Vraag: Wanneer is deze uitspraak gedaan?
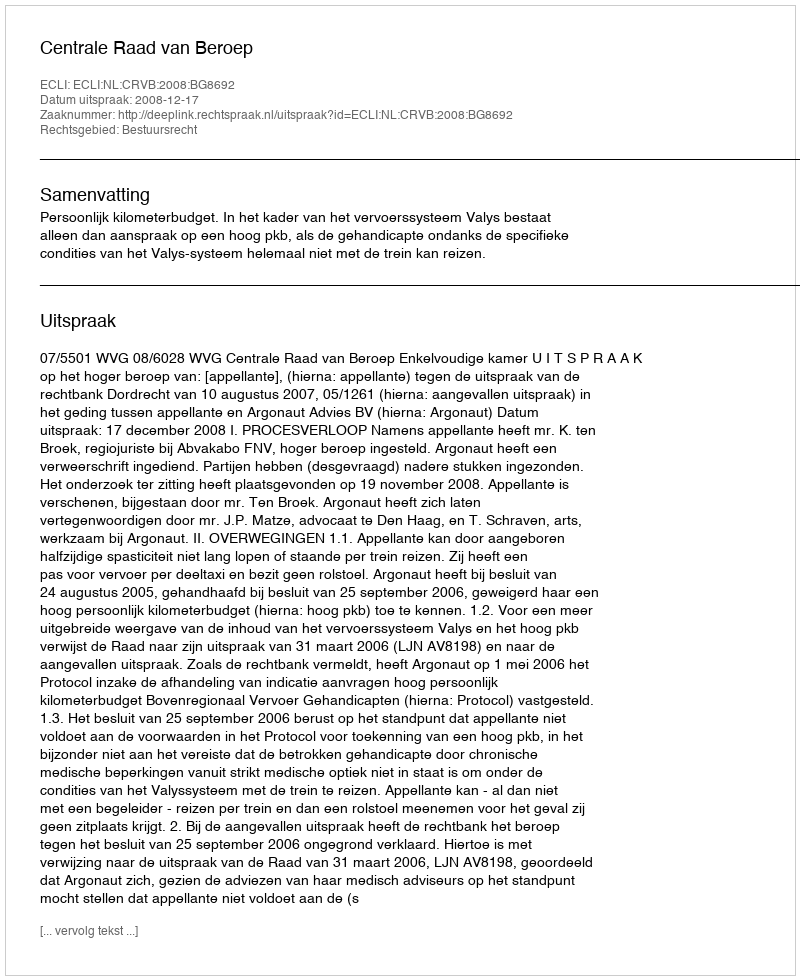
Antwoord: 2008-12-17